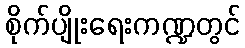
စိုက်ပျိုးရေးကဏ္ဍတွင်